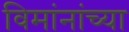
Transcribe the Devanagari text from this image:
विमांनांच्या